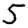
Digit: 5